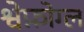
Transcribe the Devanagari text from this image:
श्वेफ़ोग्ल